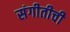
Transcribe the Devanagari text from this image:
संगीतीची